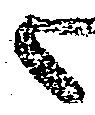
候